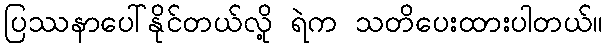
ပြဿနာပေါ်နိုင်တယ်လို့ ရဲက သတိပေးထားပါတယ်။